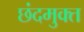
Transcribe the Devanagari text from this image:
छंदमुक्त